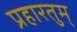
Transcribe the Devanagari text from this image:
प्रहारतुम्